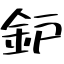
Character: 鈩